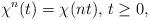
LaTeX: \begin{align*} \chi^n(t) = \chi(nt),\,t\ge 0,\end{align*}